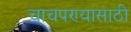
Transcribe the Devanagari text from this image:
चाचपण्यासाठी